Vaccine operations Central Provinces 1868-1885 - 1868-1885
Year: 1868
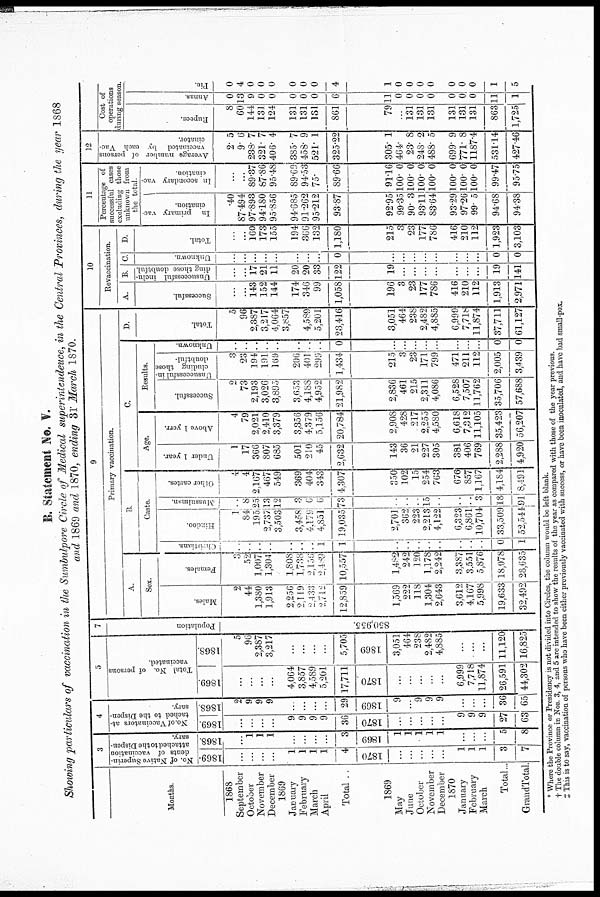
B. Statement No. V.
Showing particulars of vaccination in the Sumbulpore Circle of Medical superintendence, in the Central Provinces, during the year 1868
and 1869 and 1870, endnig 31 March 1870.
Months
1868
September
October
November
December
1869
January
February
March
April
Total . .
1869
May
June
October
November
December
1870
January
February
March
Total...
GrandTotal.
3
No. of Native Superin¬
dents of vaccination
attached to the Dispen-
sary.
1869.
...
...
...
...
1
1
1
1
4
1870
...
...
...
...
...
1
1
1
3
7
1868.
...
1
1
1
...
...
...
...
3
1869
1
1
1
1
1
...
...
...
5
8
4
No. of Vaccinators at-
tached to the Dispen-
sary
1869.
...
...
...
...
9
9
9
9
36
1870
...
...
...
...
...
9
9
9
27
63
1868.
2
9
9
9
...
...
...
...
29
1869
9
...
9
9
9
...
...
...
36
65
5
Total No. of persons
vaccinated.
1869.
...
...
...
...
4,064
3,857
4,589
5,201
17,711
1870
...
...
...
...
...
6,999
7,718
11,874
26,591
44,302
1868.
5
96
2,387
3,217
...
...
...
...
5,705
1869
3,051
464
238
2,482
4,885
...
...
...
11,120
16,825
7
Population
850,955
9
Primary vaccination.
A
Sex.
Males.
2
44
1,380
1,913
2,256
2,119
2,433
2,712
12,859
1,569
222
118
1,304
2,643
3,612
4,167
5,998
19,633
32,492
Females.
3
52
1,007
1,304
1,808
1,738
2,156
2,469
10,557
1,482
242
120
1,178
2,242
3,387
3,551
5,876
18,078
28,635
B
Christians.
..
..
..
..
..
..
..
1
1
..
..
..
..
..
..
..
..
0
1
Caste
Hindoo.
1
84
195
2,737
3,503
3,458
4,179
4,851
19,035
2,701
362
223
2,213
4,122
6,323
6,861
10,704
33,509
52,544
Mussulman.
..
8
25
13
12
3
6
6
73
..
..
..
15
..
..
..
3
18
91
Other castes.
4
4
2,167
467
549
369
404
343
4,307
350
102
15
254
763
676
857
1,167
4,184
8,491
C.
Age.
Under 1 year.
1
17
366
807
685
501
210
45
2,632
143
36
21
227
305
381
406
769
2,288
4,920
Above 1 year.
4
79
2,021
2,410
3,379
3,356
4,379
5,156
20,784
2,908
428
217
2,255
4,580
6,618
7,312
11,105
35,423
56,207
Results.
Successful.
2
73
2,193
3,026
3,895
3,653
4,188
4,952
21,982
2,836
461
215
2,311
4,086
6,528
7,507
11,762
35,706
57,688
Unsuccessful in-
cluding those
doubtful.
3
23
194
191
169
206
401
299
1,434
215
3
23
171
799
471
211
112
2,005
3,439
Unknown.
..
..
..
..
..
..
..
..
0
...
...
...
...
...
...
...
...
0
0
D.
Total.
5
96
2,387
3,217
4,064
3,857
4,589
5,201
23,416
3,051
464
238
2,482
4,885
6,999
7,718
11,874
37,711
61,127
10
Revaccination.
A.
Successful
...
...
143
152
144
174
346
99
1,058
196
3
23
177
786
416
210
112
1,913
2,971
B
Unsuccessful inclu¬
ding those doubtful
...
...
17
21
11
20
20
33
122
19
...
...
...
...
...
...
...
19
141
C.
Unknown.
...
...
...
...
...
...
...
...
0
...
...
...
...
...
...
...
...
0
0
D.
Total
...
...
160
173
155
194
366
132
1,180
215
3
23
177
786
416
210
112
1,923
3,103
11
Percentage of
successful cases
excluding those
unknown from
In primary vac-
cination.
.40
87.494
97.893
94.180
95.856
94.685
91.262
95.212
93.87
92.95
99.35
90.3
93.11
83.64
93.29
97.26
99.5
94.68
94.38
In secondary vac¬
cination.
...
...
89.37
87.86
95.48
89.69
94.53
75.
89.66
91.16
100.0
100.0
100.0
100.0
100.0
100.0
100.0
99.47
95.75
12
Average number of persons
vaccinated by each Vac-
cinator.
2.5
9.6
238.7
321.7
406.4
385.7
458.9
521.1
325.22
305.1
464.
23.8
248.2
488.5
699.9
771.8
1187.4
531.14
427.46
Cost of
operations
during season.
Rupees.
8
60
144
131
124
131
131
131
861
79
...
131
131
131
131
131
131
863
1,725
Annas
0
13
9
0
0
0
0
0
6
11
0
0
0
0
0
0
0
11
1
Pie.
0
4
0
0
0
0
0
0
4
1
0
0
0
0
0
0
0
1
5
* Where the Province or Presidency is not divided into Circles, the column would be left blank.
† The double column m Nos. 3, 4, and 5 are intended to show the results of the year as compared with those of the year previous.
‡ This is to say, vaccination of persons who have been either previously vaccinated with success, or have been inoculated, and have bad small-pox.